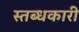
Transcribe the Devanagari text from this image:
स्‍तब्‍धकारी